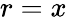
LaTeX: r=x